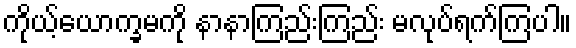
ကိုယ့်ယောက္ခမကို နာနာကြည်းကြည်း မလုပ်ရက်ကြပါ။